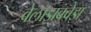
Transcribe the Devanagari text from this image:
वेलाझक्वेझ